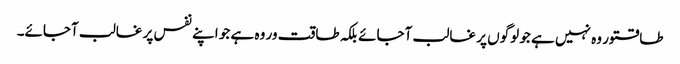
طاقتور وہ نہیں ہے جو لوگوں پر غالب آجائے بلکہ طاقت ور وہ ہے جو اپنے نفس پر غالب آجائے۔